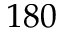
1 8 0